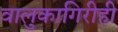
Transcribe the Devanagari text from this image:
वालुकागिरीही